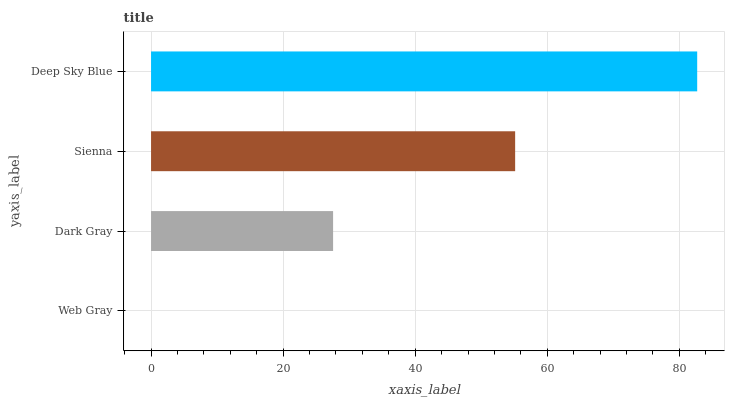
| yaxis_label | bars |
 | --- | --- |
 | Web Gray | 0 |
 | Dark Gray | 27.6 |
 | Sienna | 55.1 |
 | Deep Sky Blue | 82.7 |